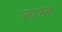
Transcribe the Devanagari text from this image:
लाभलं